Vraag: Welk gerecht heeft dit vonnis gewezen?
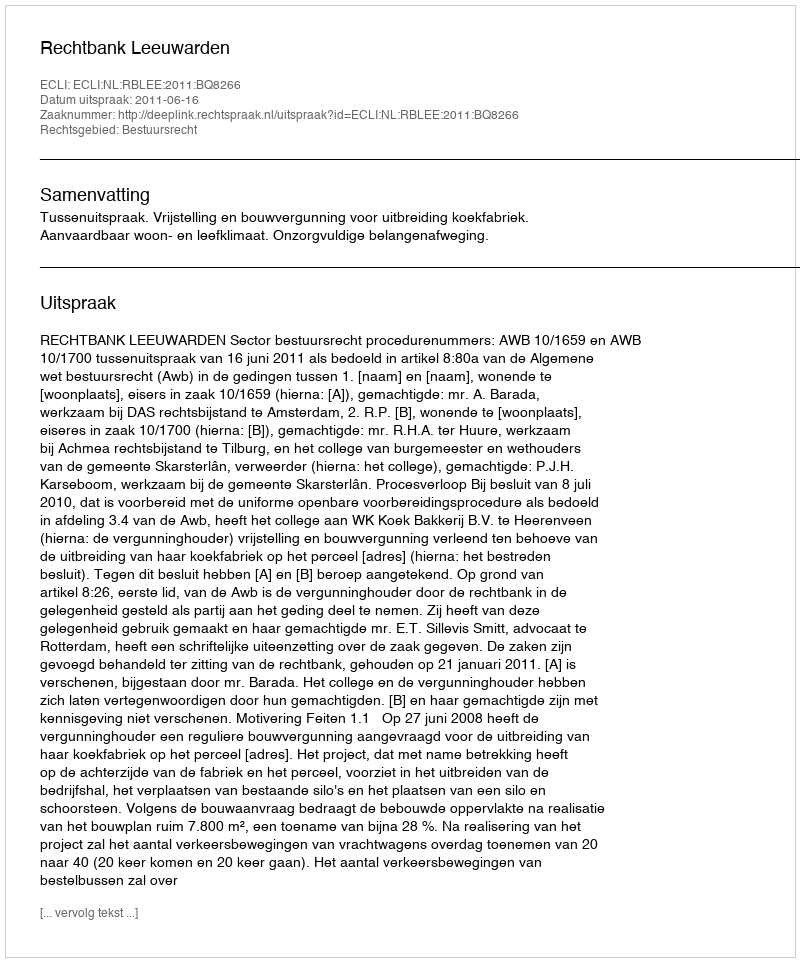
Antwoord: Rechtbank Leeuwarden